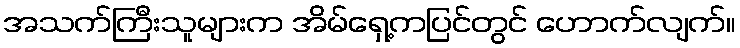
အသက်ကြီးသူများက အိမ်ရှေ့ကပြင်တွင် ဟောက်လျက်။